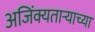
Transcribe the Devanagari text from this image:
अजिंक्यतार्‍याच्या